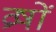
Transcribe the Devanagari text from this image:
व्रषों